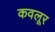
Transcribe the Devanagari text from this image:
कवलूर